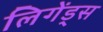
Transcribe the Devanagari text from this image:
लिगेंड्स